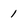
Character: 1